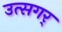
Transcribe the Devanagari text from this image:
उत्सगर्